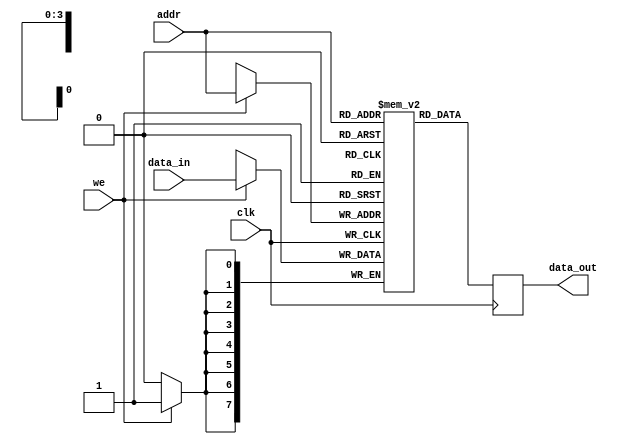
module parameterized_ram #(
    parameter DATA_WIDTH = 8,   // Width of each data word in bits
    parameter ADDR_WIDTH = 4     // Number of bits for addressing
)(
    input wire clk,              // Clock signal
    input wire we,               // Write enable signal
    input wire [ADDR_WIDTH-1:0] addr, // Address input
    input wire [DATA_WIDTH-1:0] data_in, // Data input for writing
    output reg [DATA_WIDTH-1:0] data_out // Data output for reading
);

    // Calculate depth from address width
    localparam DEPTH = 1 << ADDR_WIDTH; // 2^ADDR_WIDTH

    // Memory storage declaration
    reg [DATA_WIDTH-1:0] mem [0:DEPTH-1];

    // Synchronous write and read operations
    always @(posedge clk) begin
        if (we) begin
            // Write operation
            mem[addr] <= data_in;
        end
        // Read operation
        data_out <= mem[addr];
    end

    // Optional reset functionality (uncomment if needed)
    // input wire rst; // Reset input
    // always @(posedge clk or posedge rst) begin
    //     if (rst) begin
    //         integer i;
    //         for (i = 0; i < DEPTH; i = i + 1) begin
    //             mem[i] <= {DATA_WIDTH{1'b0}}; // Initialize to zeros
    //         end
    //     end else begin
    //         if (we) begin
    //             mem[addr] <= data_in;
    //         end
    //         data_out <= mem[addr];
    //     end
    // end

endmodule